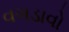
વગડાવો